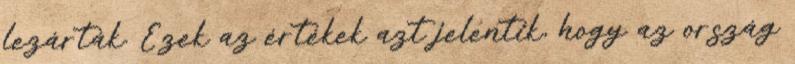
lezárták. Ezek az értékek azt jelentik, hogy az ország